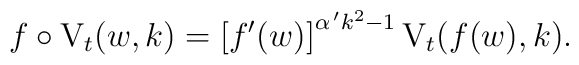
f\circ \mathrm{V}_t(w,k)=\left[f^{\prime}(w)\right]^{\alpha^{\,\prime}k^2-1}\mathrm{V}_t(f(w),k).